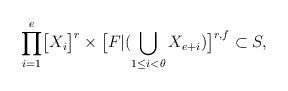
LaTeX: \begin{align*}\displaystyle{\prod_{i=1}^{e}}\big{[}X_{i}\big{]}^{r}\times\big{[}F|(\bigcup_{1\leq i<\theta}X_{e+i})\big{]}^{r,f}\subset S,\end{align*}